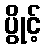
ပွိုင့်